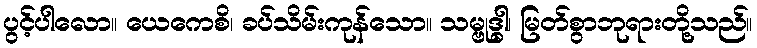
ပွင့်ပါလော။ ယေကေစိ၊ ခပ်သိမ်းကုန်သော။ သမ္ဗုဒ္ဓါ၊ မြတ်စွာဘုရားတို့သည်။